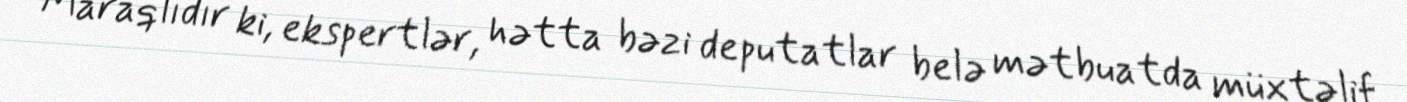
Maraqlıdır ki, ekspertlər, hətta bəzi deputatlar belə mətbuatda müxtəlif